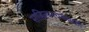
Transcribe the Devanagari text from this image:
साहित्यरचनेसाठी